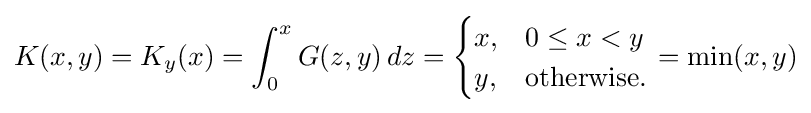
K(x,y)=K_{y}(x)=\int _{0}^{x}G(z,y)\,dz={\begin{cases}x,&0\leq x<y\\y,&{\text{otherwise.}}\end{cases}}=\min(x,y)